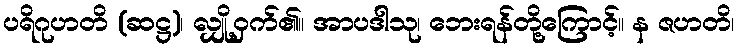
ပရိဂုဟတိ (ဆဋ္ဌ)၊ လျှို့ဝှက်၏။ အာပဒါသု၊ ဘေးရန်တို့ကြောင့်။ န ဇဟတိ၊